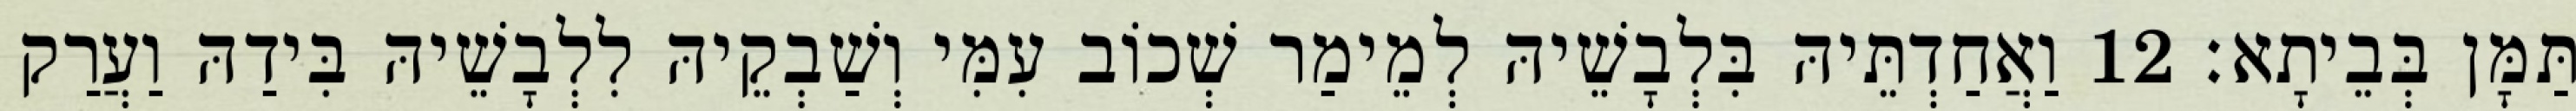
תַּמָּן בְּבֵיתָא׃ 12 וַאֲחַדְתֵּיהּ בִּלְבָשֵׁיהּ לְמֵימַר שְׁכוֹב עִמִּי וְשַׁבְקֵיהּ לִלְבָשֵׁיהּ בִּידַהּ וַעֲרַק